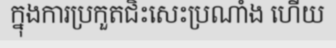
ក្នុងការប្រកួតជិះសេះប្រណាំង ហើយ